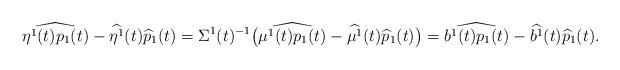
LaTeX: \begin{align*}\widehat{\eta^1(t)p_1(t)}-\widehat{\eta^1}(t)\widehat{p}_1(t)=\Sigma^1(t)^{-1}\big(\widehat{\mu^1(t)p_1(t)}-\widehat{\mu^1}(t)\widehat{p}_1(t)\big)=\widehat{b^1(t)p_1(t)}-\widehat{b^1}(t)\widehat{p}_1(t).\end{align*}